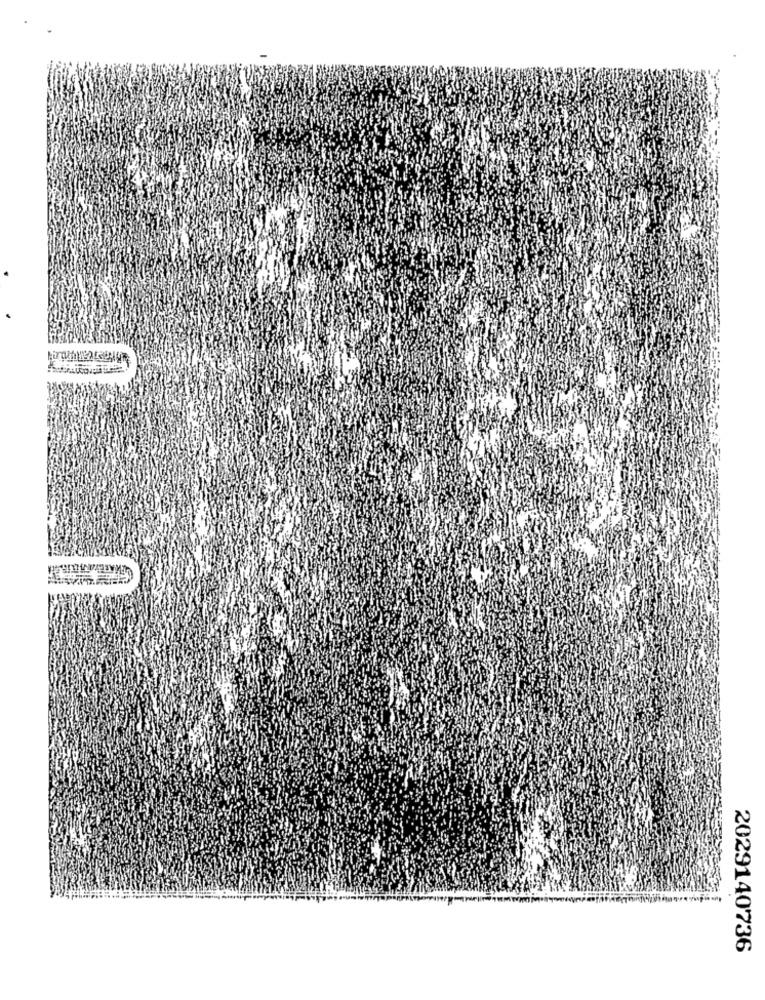
2029140736